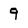
Character: 9